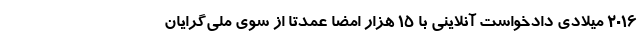
۲۰۱۶ میلادی دادخواست آنلاینی با ۱۵ هزار امضا عمدتا از سوی ملی‌گرایان